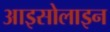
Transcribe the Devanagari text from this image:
आइसोलाइन